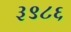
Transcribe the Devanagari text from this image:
३९८६